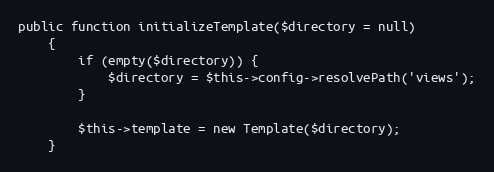
Language: PHP
public function initializeTemplate($directory = null)
	{
		if (empty($directory)) {
			$directory = $this->config->resolvePath('views');
		}

		$this->template = new Template($directory);
	}